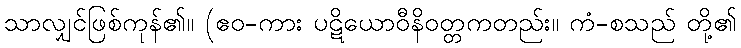
သာလျှင်ဖြစ်ကုန်၏။ (ဧဝ-ကား ပဋိယောဝီနိဝတ္တကတည်း။ ကံ-စသည် တို့၏